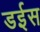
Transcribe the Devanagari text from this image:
डईस